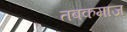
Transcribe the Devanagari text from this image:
तबकमाज